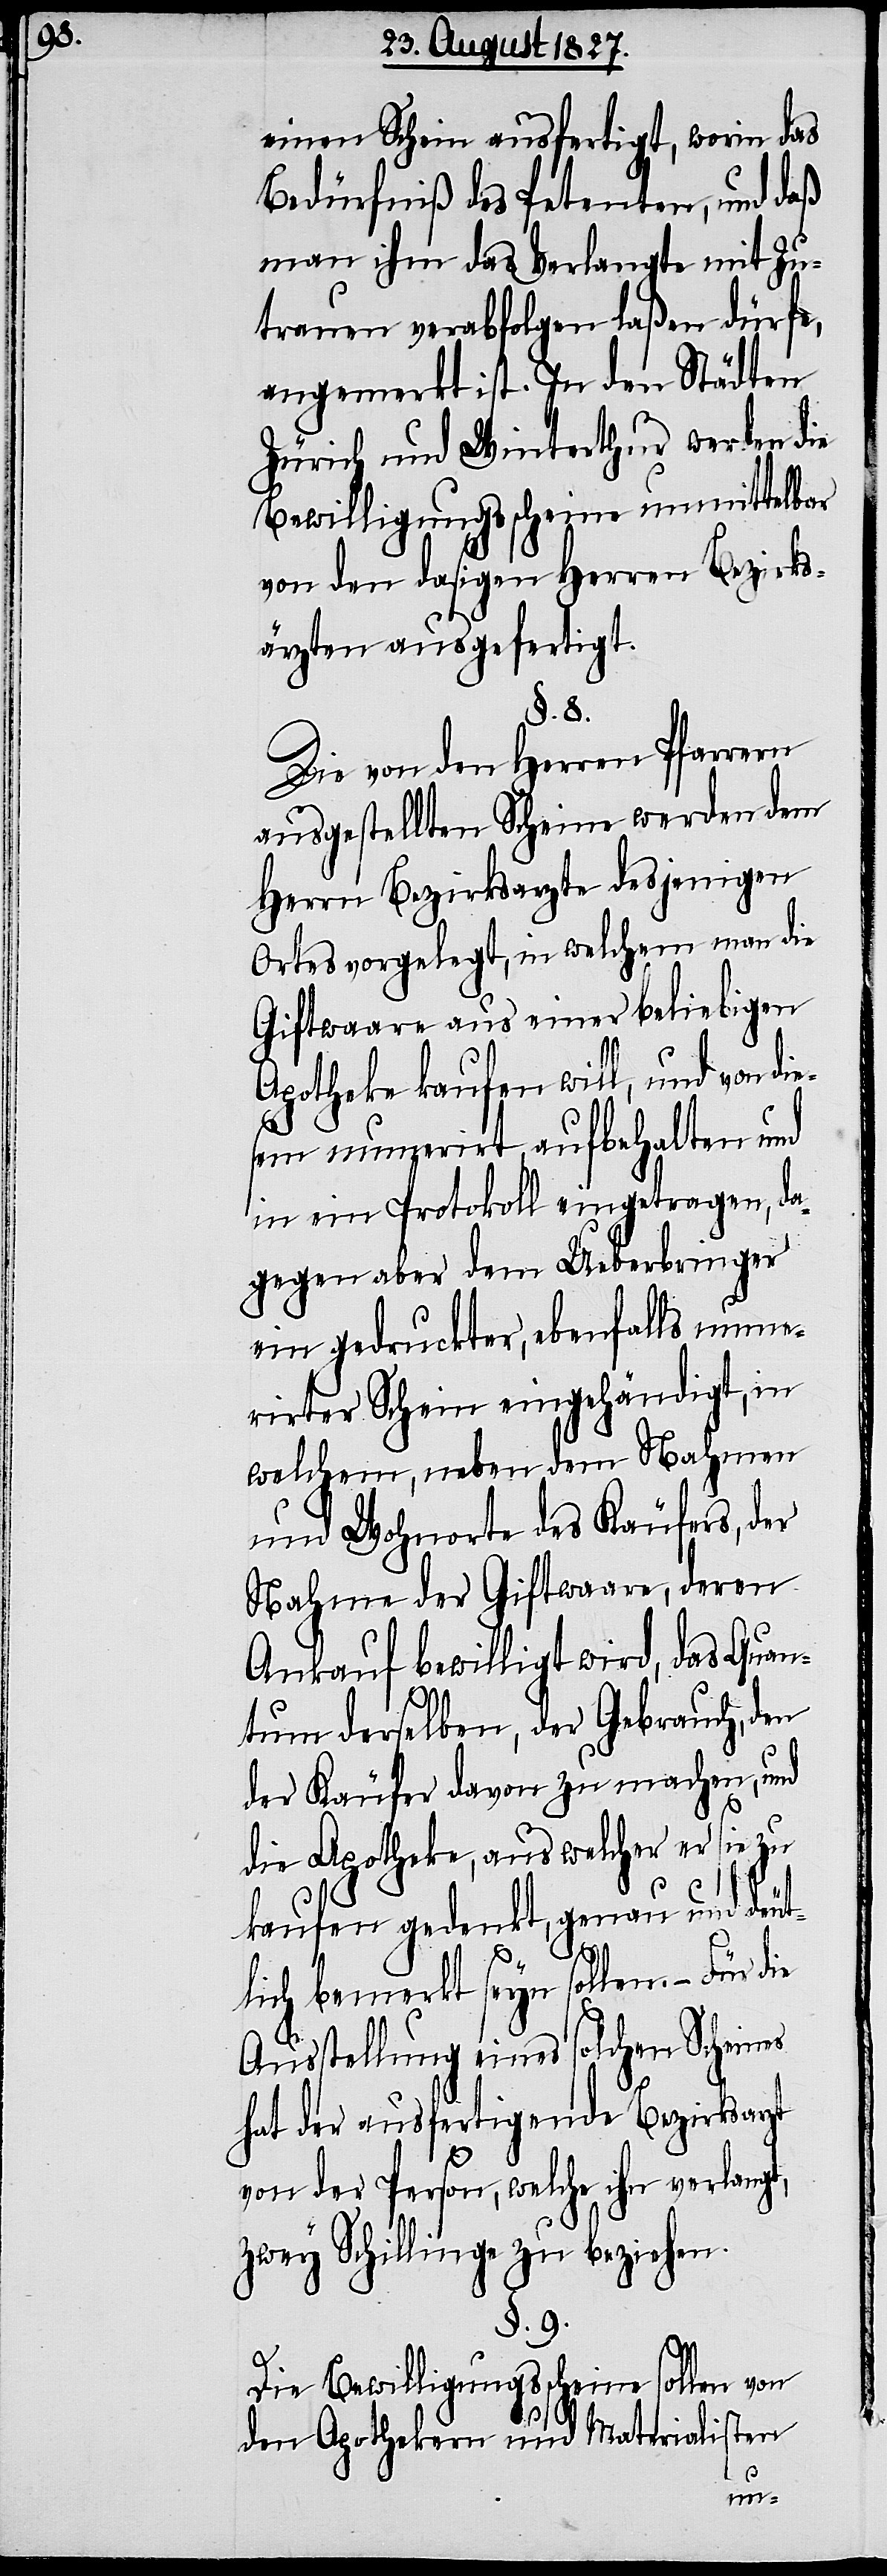
einen Schein ausfertigt, worin das
Bedürfniß des Petenten, und daß
man ihm das Verlangte mit Zu¬
trauen verabfolgen laßen dürfe,
angemerkt ist. In den Städten
Zürich und Winterthur werden die
Bewilligungsscheine unmittelbar
von den dasigen Herren Bezirks¬
ärzten ausgefertigt.
§. 8.
Die von den Herren Pfarrern
ausgestellten Scheine werden dem
Herrn Bezirksarzte desjenigen
Ortes vorgelegt, in welchem man die
Giftwaare aus einer beliebigen
Apotheke kaufen will, und von di¬
esem numerirt aufbehalten, und
in ein Protokoll eingetragen, da¬
gegen aber dem Ueberbringer
ein gedruckter, ebenfalls nume¬
rirter Schein eingehändigt, in
welchem, neben dem Nahmen
und Wohnorte des Käufers, der
Nahme der Giftwaare, deren
Ankauf bewilligt wird, das Quan¬
tum derselben, der Gebrauch, den
der Käufer davon zu machen, und
die Apotheke, aus welcher er sie zu
kaufen gedenkt, genau und deut¬
lich bemerkt seyn sollen. – Für die
Ausstellung eines solchen Scheines
hat der ausfertigende Bezirksarzt
von der Person, welche ihn verlangt,
zwey Schillinge zu beziehen.
§. 9.
Die Bewilligungsscheine sollen von
den Apothekern und Materialisten